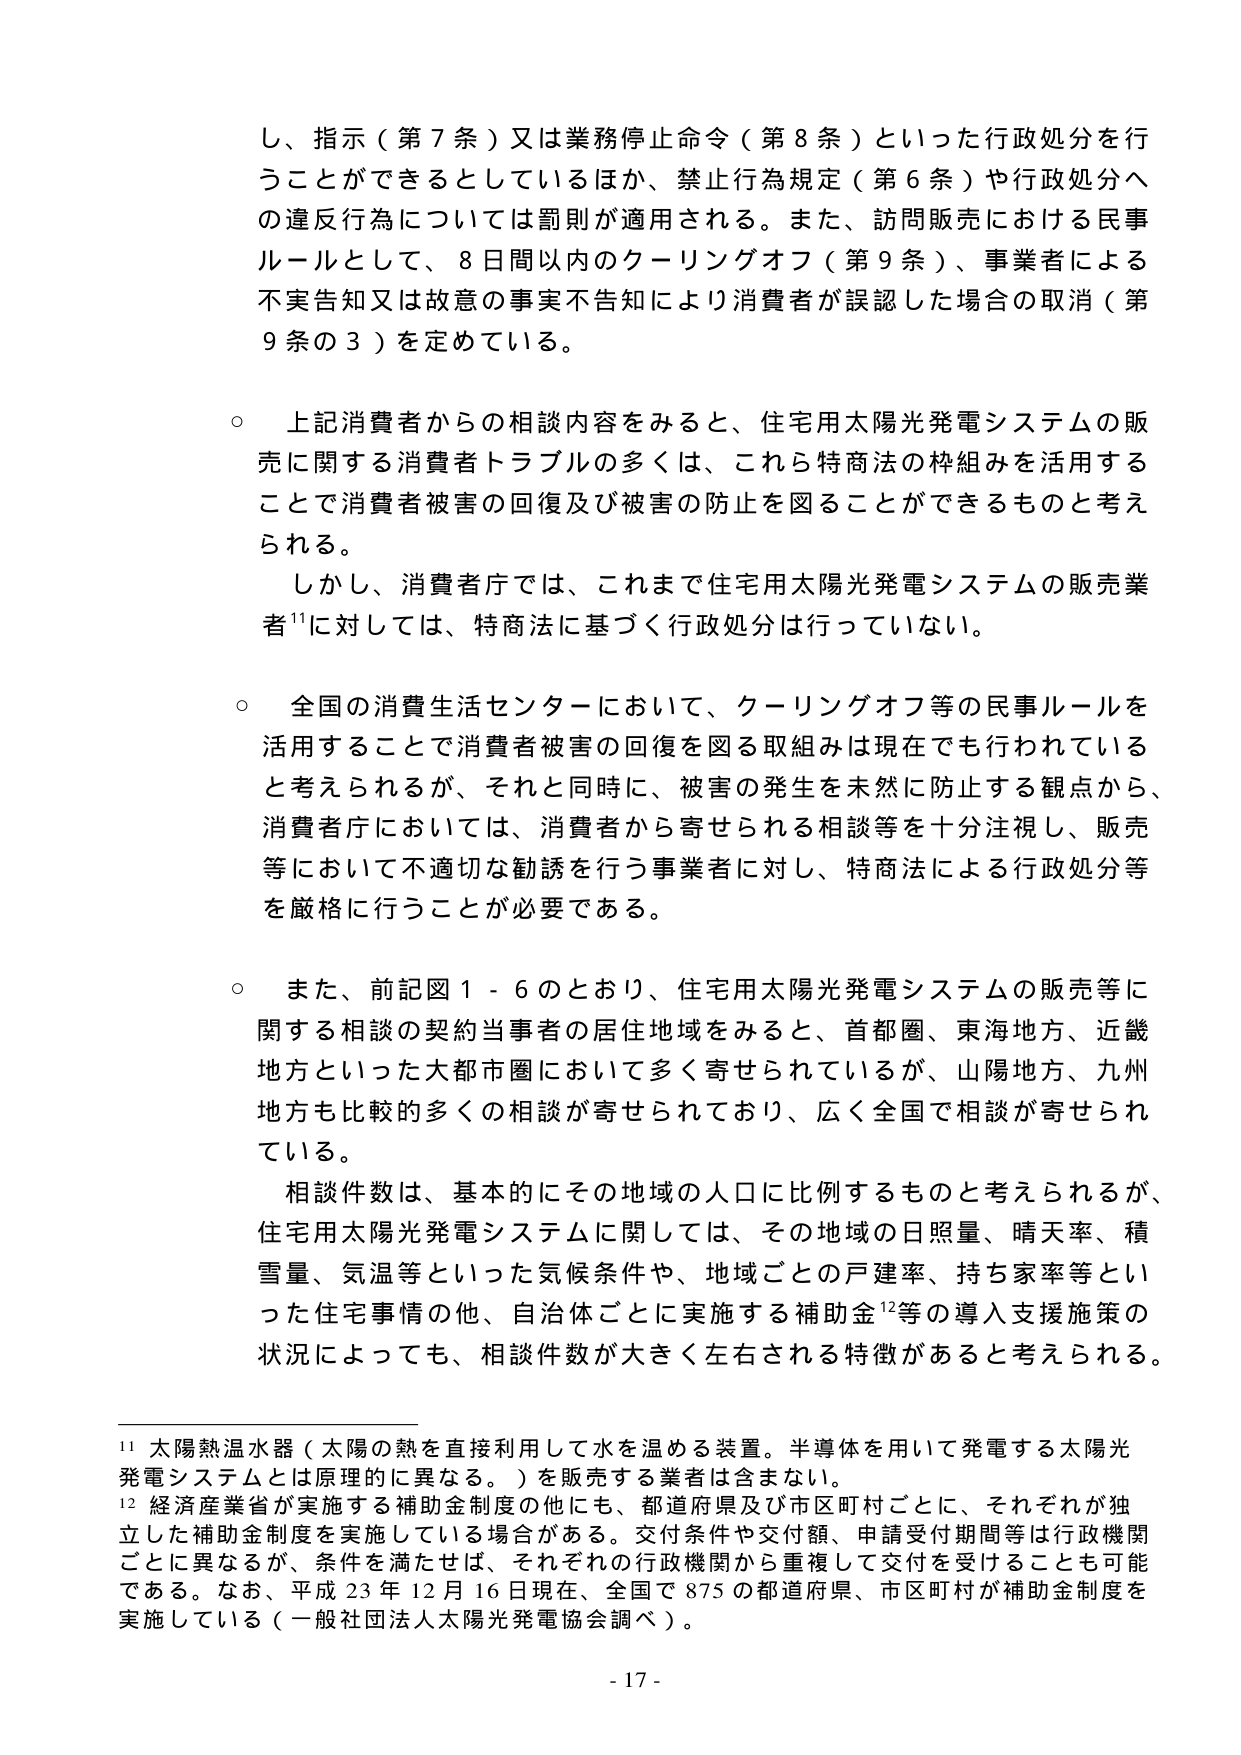
し、指示（第７条）又は業務停止命令（第８条）といった行政処分を行うことができるとしているほか、禁止行為規定（第６条）や行政処分への違反行為については罰則が適用される。また、訪問販売における民事ルールとして、８日間以内のクーリングオフ（第９条）、事業者による不実告知又は故意の事実不告知により消費者が誤認した場合の取消（第９条の３）を定めている。

○ 上記消費者からの相談内容をみると、住宅用太陽光発電システムの販売に関する消費者トラブルの多くは、これも特商法の枠組みを活用することで消費者被害の回復及び被害の防止を図ることができるものと考えられる。

　しかし、消費者庁では、これまで住宅用太陽光発電システムの販売業者¹¹に対しては、特商法に基づく行政処分は行っていない。

○ 全国の消費生活センターにおいて、クーリングオフ等の民事ルールを活用することで消費者被害の回復を図る取組みは現在でも行われていると考えられるが、それと同時に、被害の発生を未然に防止する観点から、消費者庁においては、消費者から寄せられる相談等を十分注視し、販売等において不適切な勧誘を行う事業者に対し、特商法による行政処分等を厳格に行うことが必要である。

○ また、前記図１－６のとおり、住宅用太陽光発電システムの販売等に関する相談の契約当事者の居住地域をみると、首都圏、東海地方、近畿地方といった大都市圏において多く寄せられているが、山陽地方、九州地方も比較的多くの相談が寄せられており、広く全国で相談が寄せられている。

　相談件数は、基本的にその地域の人口に比例するものと考えられるが、住宅用太陽光発電システムに関しては、その地域の日照量、晴天率、積雪量、気温等といった気候条件や、地域ごとの戸建率、持ち家率等といった住宅事情の他、自治体ごとに実施する補助金¹²等の導入支援施策の状況によっても、相談件数が大きく左右される特徴があると考えられる。

¹¹ 太陽熱温水器（太陽の熱を直接利用して水を温める装置。半導体を用いて発電する太陽光発電システムとは原理的に異なる。）を販売する業者は含まない。

¹² 経済産業省が実施する補助金制度の他にも、都道府県及び市区町村ごとに、それぞれが独立した補助金制度を実施している場合がある。交付条件や交付額、申請受付期間等は行政機関ごとに異なるが、条件を満たせば、それぞれの行政機関から重複して交付を受けることも可能である。なお、平成23年12月16日現在、全国で875の都道府県、市区町村が補助金制度を実施している（一般社団法人太陽光発電協会調べ）。

- 17 -